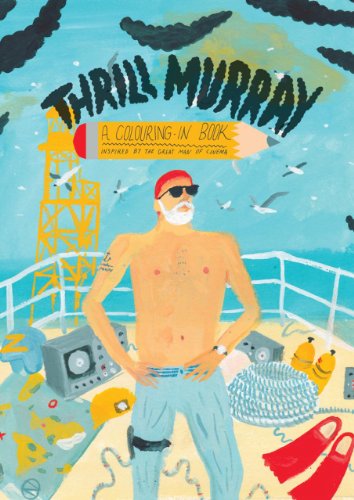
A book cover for Thrill Murray (coloring book); Mike Coley; Humor & Entertainment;